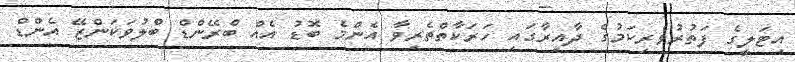
އިޓަލީގެ ފަތުރުވެރިކަމުގެ ދާއިރާގައި ހަރަކާތްތެރިވާ އެންމެ ބޮޑު އެއް ބްރޭންޑް ބްލުވަކަންޒޭ އެންޑް